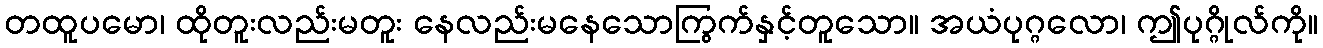
တထူပမော၊ ထိုတူးလည်းမတူး နေလည်းမနေသောကြွက်နှင့်တူသော။ အယံပုဂ္ဂလော၊ ဤပုဂ္ဂိုလ်ကို။